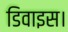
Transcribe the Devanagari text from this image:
डिवाइस।